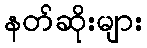
နတ်ဆိုးများ